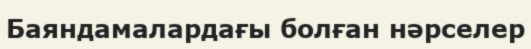
Баяндамалардағы болған нәрселер